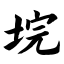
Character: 垸